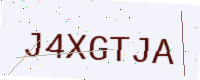
Text: J4XGTJA